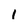
Character: 1